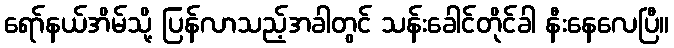
ရော်နယ်အိမ်သို့ ပြန်လာသည့်အခါတွင် သန်းခေါင်တိုင်ခါ နီးနေလေပြီ။